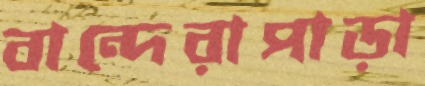
বান্দেরাপাড়া